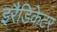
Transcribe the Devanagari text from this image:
इरैडिकेटर